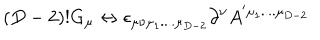
LaTeX: ( D - 2 ) ! G _ { \mu } \leftrightarrow \epsilon _ { \mu \nu \mu _ { 1 } . . . . \mu _ { D - 2 } } \partial ^ { \nu } A ^ { ' \mu _ { 1 } . . . . \mu _ { D - 2 } }